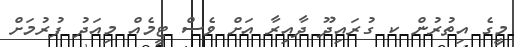
މީގެ އިތުރުން ކ ގުރައިދޫ ދާއިރާ އަށް ވެސް ޓީމެއް މިއަދު ފުރުމަށް